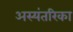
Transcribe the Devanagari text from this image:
अस्यंतरिका